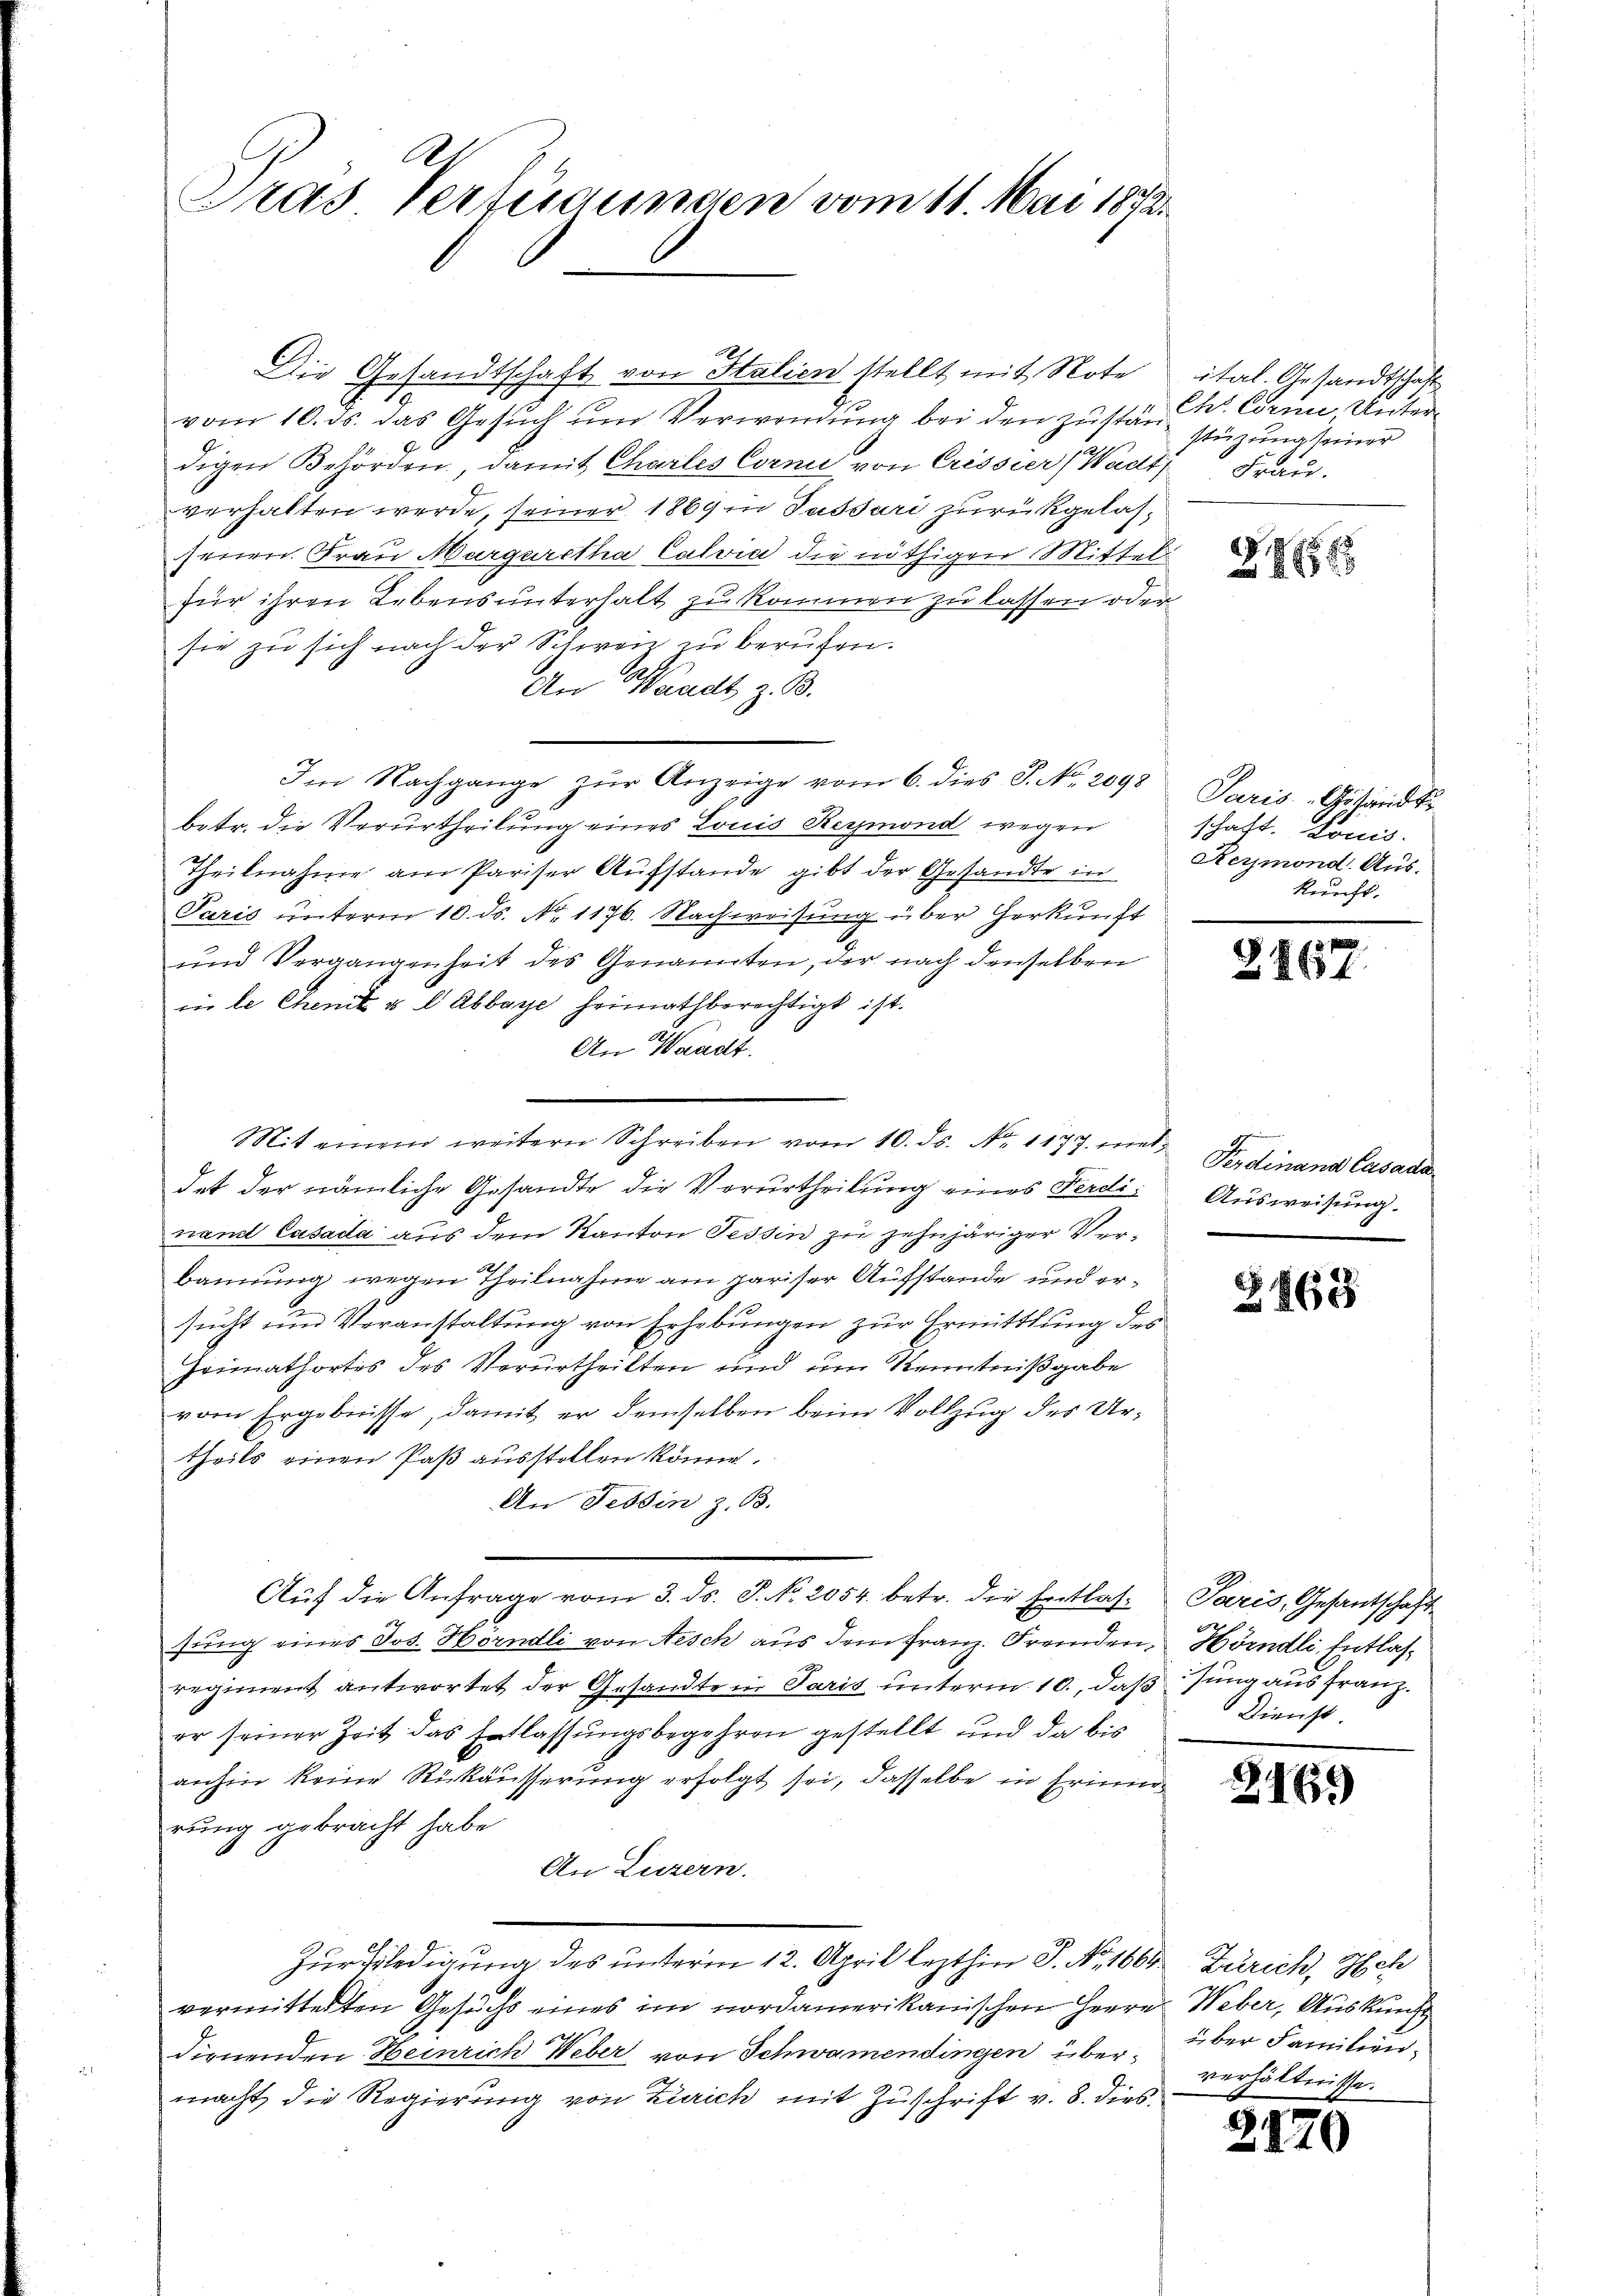
As
Pras Verfügungen vom 11. Mai 1872.

Die Gesandtschaft von Italien stellt mit Note
vom 10. ds. das Gesŭch ŭm Verwendung bei den zustand. Corn, Unterdigen Behörden, damit Charles Corni von Crissier (Wadt, Frau.
verhalten werde, seiner 1869 in Passari zurückgelasseien. Frau Margaretha Calvia die nöthigen Mittel
für ihren Lebens unterhalt zu kommen zu lassen oder
sie zu sich nach der Schweiz zu berufen.
An Waadt z. B.
Im Nachgange zur Anzeige vom 6. dies J. No. 2098
betr. die Verurtheilung eines Louis Reymond wegen
Theilnahme am Pariser Aufstande gibt der Gesandte in
Paris unterm 10. ds. No. 1176. Nachweisung über Herkunft
und Vergangenheit des Genannten, der nach denselben
in le Chenik u. b. Abbaye heimathberechtigt ist.
An Waadt.
Mit einem weitern Schreiben vom 10. ds. Nr. 1177. mit Ferdinand Casada
det der nämliche Gesandte die Vorurtheilung eines Ferdinand Casada aus dem Kanton Tessin zu zehnjäriger Verbannung wegen Theilnahme am pariser Aufstande und ersucht und Veranstaltung von Erhebungen zur Ermittlung des
Zeimathortes des Verurtheilten und um Kenntnißgabe
vom Ergebnisse, damit er demselben beim Vollzug des Urtheils einen Paß ausstellen könne.
An Tessin z. B.
Auf die Anfrage vom 3. ds. J. No. 2054. betr. die Entlas- Paris, Gesantschaft
sung eines Jos. Hörndli von Aesch aus dem Franz. Fremden Hörndli, Entlasregiment antwortet der Gesandte in Paris unterm 10., daß Jung aus Franz.
er seiner Zeit das Entlassungsbegehren gestellt und da bis
anhin keine Rückäusserung erfolgt sei, dasselbe in Erinner
rung gebracht habe.
An Luzern.
Zur Erledigung des unterm 12. April lezthin P. Nr. 1660 Zürich, Sch
vermittelten Gesuchs eines im nordamerikanischen Herrn Weber, Auskunft
dirnenden Heinrich Weber von Schwamendingen übermacht die Regierung von Zürich mit Zuschrift v. 8. dies

ital. Gesandtschaft
stüzung seiner

28656

Paris Gesandt
schaft. Lonis.
Reymond. Aus-
Rerecht.

3167

Ausweisung.

Z868

Dienst

2165

über Familien.
verhältnisse.

2.

¬